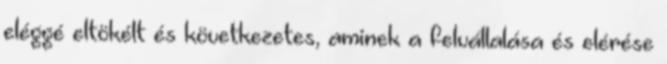
eléggé eltökélt és következetes, aminek a felvállalása és elérése